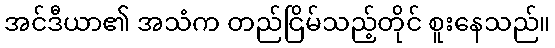
အင်ဒီယာ၏ အသံက တည်ငြိမ်သည့်တိုင် စူးနေသည်။